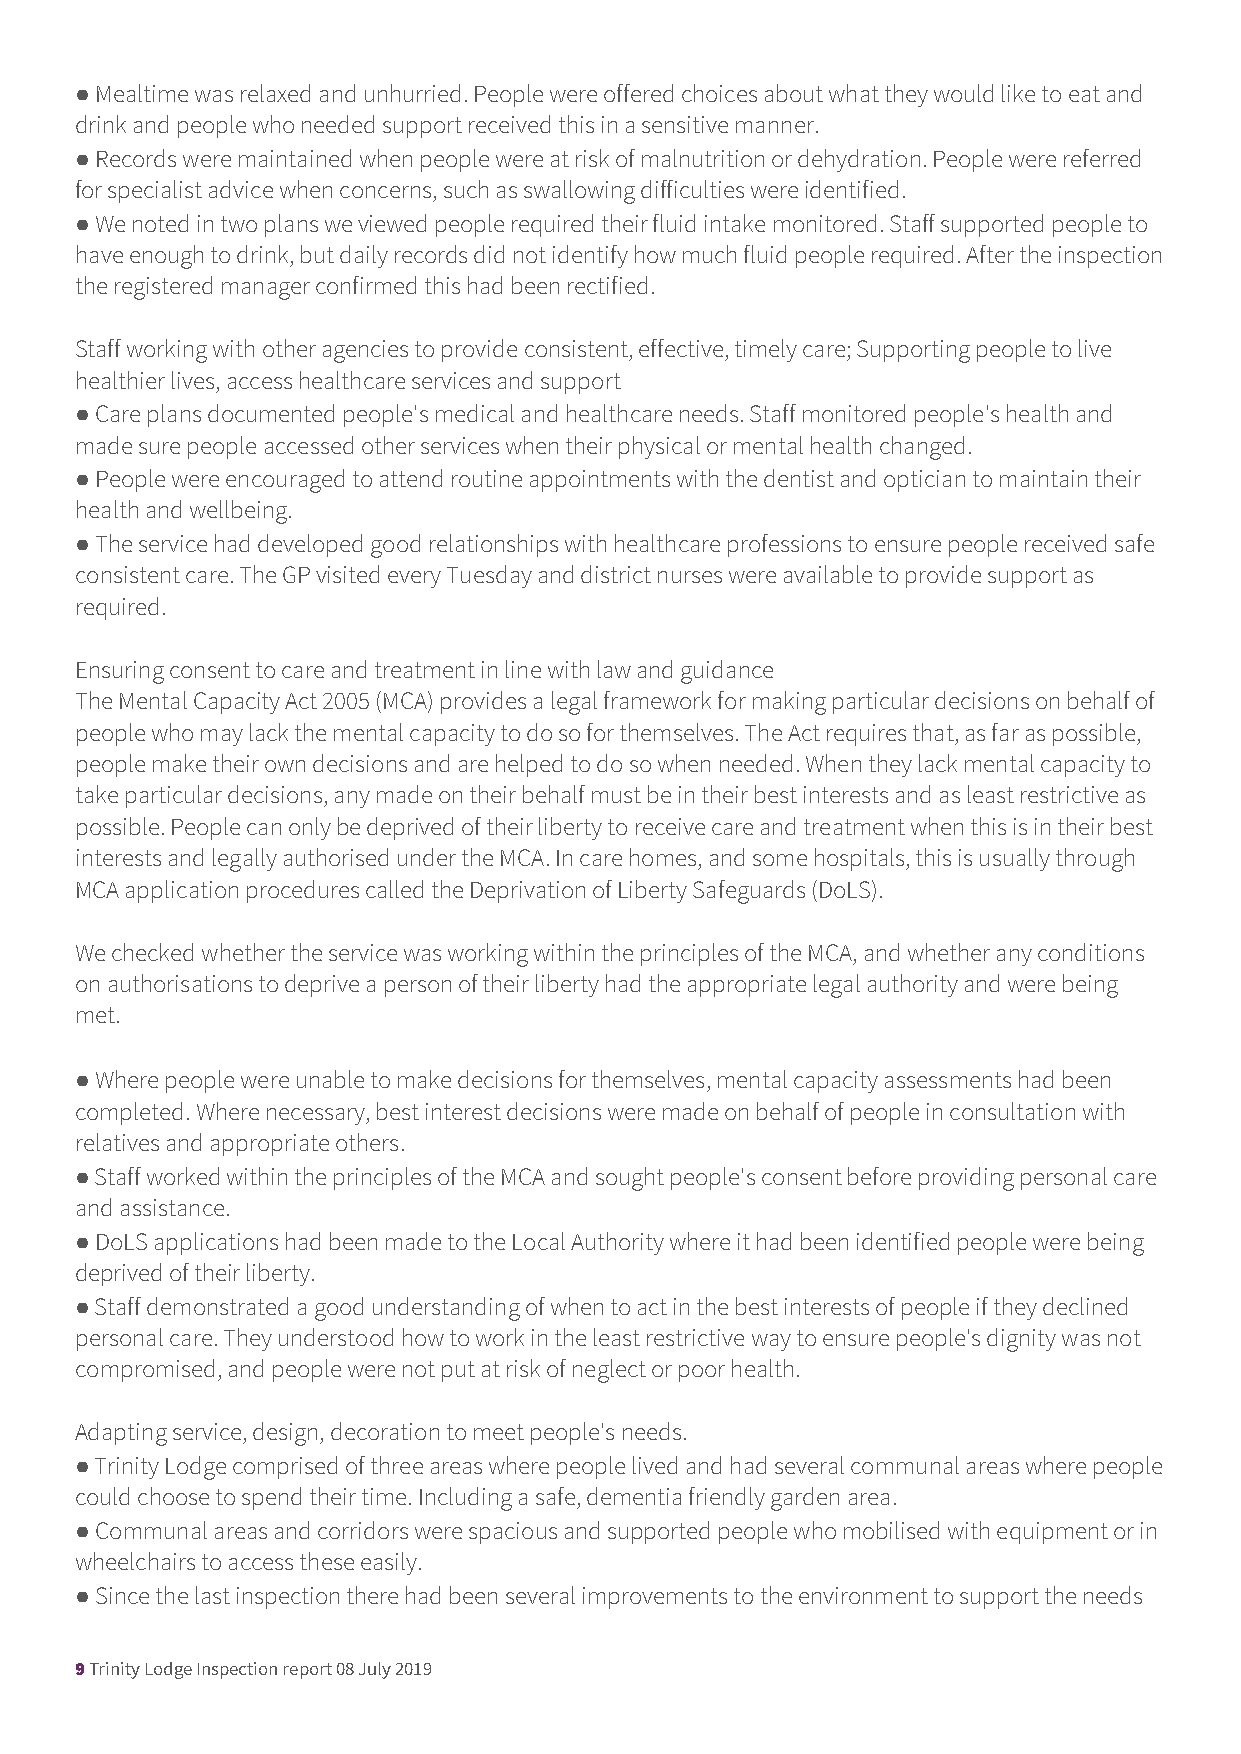
● Mealtime was relaxed and unhurried. People were offered choices about what they would like to eat and
 drink and people who needed support received this in a sensitive manner.
 ● Records were maintained when people were at risk of malnutrition or dehydration. People were referred
 for specialist advice when concerns, such as swallowing difficulties were identified.
 ● We noted in two plans we viewed people required their fluid intake monitored. Staff supported people to
 have enough to drink, but daily records did not identify how much fluid people required. After the inspection
 the registered manager confirmed this had been rectified.
 Staff working with other agencies to provide consistent, effective, timely care; Supporting people to live
 healthier lives, access healthcare services and support
 ● Care plans documented people's medical and healthcare needs. Staff monitored people's health and
 made sure people accessed other services when their physical or mental health changed.
 ● People were encouraged to attend routine appointments with the dentist and optician to maintain their
 health and wellbeing.
 ● The service had developed good relationships with healthcare professions to ensure people received safe
 consistent care. The GP visited every Tuesday and district nurses were available to provide support as
 required.
 Ensuring consent to care and treatment in line with law and guidance
 The Mental Capacity Act 2005 (MCA) provides a legal framework for making particular decisions on behalf of
 people who may lack the mental capacity to do so for themselves. The Act requires that, as far as possible,
 people make their own decisions and are helped to do so when needed. When they lack mental capacity to
 take particular decisions, any made on their behalf must be in their best interests and as least restrictive as
 possible. People can only be deprived of their liberty to receive care and treatment when this is in their best
 interests and legally authorised under the MCA. In care homes, and some hospitals, this is usually through
 MCA application procedures called the Deprivation of Liberty Safeguards (DoLS).
 We checked whether the service was working within the principles of the MCA, and whether any conditions
 on authorisations to deprive a person of their liberty had the appropriate legal authority and were being
 met.
 ● Where people were unable to make decisions for themselves, mental capacity assessments had been
 completed. Where necessary, best interest decisions were made on behalf of people in consultation with
 relatives and appropriate others.
 ● Staff worked within the principles of the MCA and sought people's consent before providing personal care
 and assistance.
 ● DoLS applications had been made to the Local Authority where it had been identified people were being
 deprived of their liberty.
 ● Staff demonstrated a good understanding of when to act in the best interests of people if they declined
 personal care. They understood how to work in the least restrictive way to ensure people's dignity was not
 compromised, and people were not put at risk of neglect or poor health.
 Adapting service, design, decoration to meet people's needs.
 ● Trinity Lodge comprised of three areas where people lived and had several communal areas where people
 could choose to spend their time. Including a safe, dementia friendly garden area.
 ● Communal areas and corridors were spacious and supported people who mobilised with equipment or in
 wheelchairs to access these easily.
 ● Since the last inspection there had been several improvements to the environment to support the needs
 9 Trinity Lodge Inspection report 08 July 2019